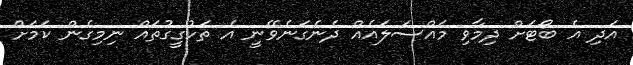
އަދި އެ ބޯޓަށް ދިމާވި މައްސަލައެއް ދެނެގަނެވޭނީ އެ ތަހުގީގުތައް ނިމިގެން ކަމަށް